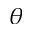
\theta